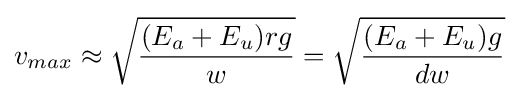
v_{max}\approx {\sqrt {\frac {(E_{a}+E_{u})rg}{w}}}={\sqrt {\frac {(E_{a}+E_{u})g}{dw}}}